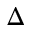
\Delta